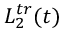
L _ { 2 } ^ { t r } ( t )